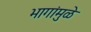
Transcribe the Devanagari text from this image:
भागांमुळे